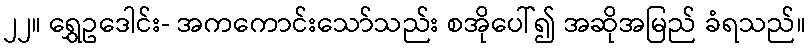
၂၂။ ရွှေဥဒေါင်း- အကကောင်းသော်သည်း စအိုပေါ်၍ အဆိုအမြည် ခံရသည်။